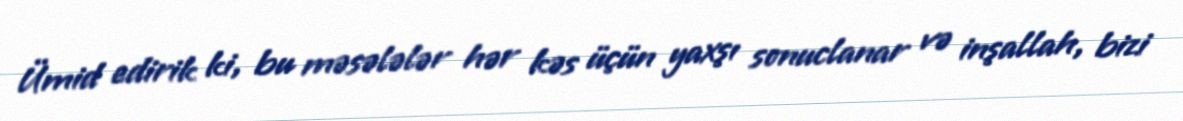
Ümid edirik ki, bu məsələlər hər kəs üçün yaxşı sonuclanar və inşallah, bizi